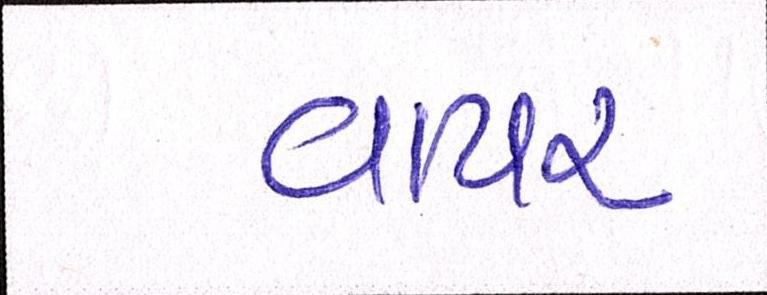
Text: વાયર